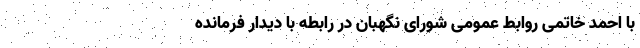
با احمد خاتمی روابط عمومی شورای نگهبان در رابطه با دیدار فرمانده